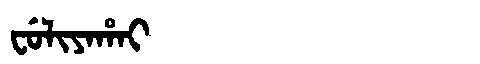
Manchu: ᠸᡠᠯᡳᠶᠠᡥᠠᡳ
Romanization: FULIYAHAI